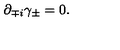
\partial _ { \mp i } \gamma _ { \pm } = 0 .